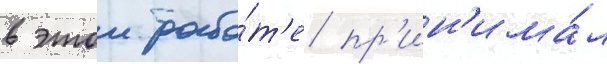
в этои рабо́т'е пр'ин'има́л